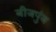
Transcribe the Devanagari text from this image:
बीजपुंज